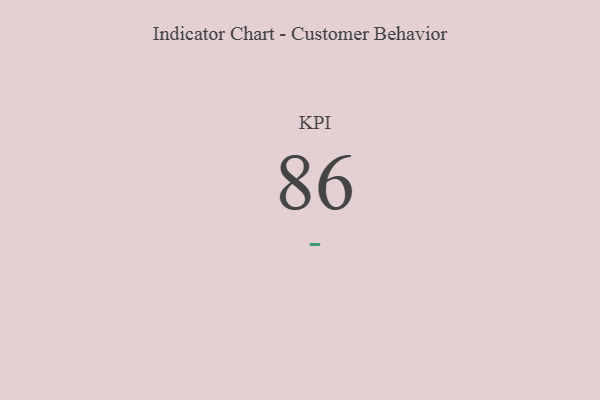
{"axis": {"x": "KPI", "y": "Value"}, "legend": [""], "data": [{"x": "KPI", "y": 86, "type": ""}]}